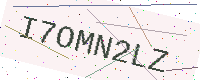
Text: I7OMN2LZ